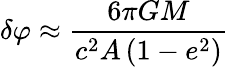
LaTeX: \delta\varphi\approx{\frac{6\pi GM}{c^{2}A\left(1-e^{2}\right)}}